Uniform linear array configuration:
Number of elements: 48
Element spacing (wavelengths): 0.75
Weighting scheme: blackman
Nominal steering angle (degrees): -45
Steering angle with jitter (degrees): -44.964
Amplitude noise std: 0.05
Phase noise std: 0.05

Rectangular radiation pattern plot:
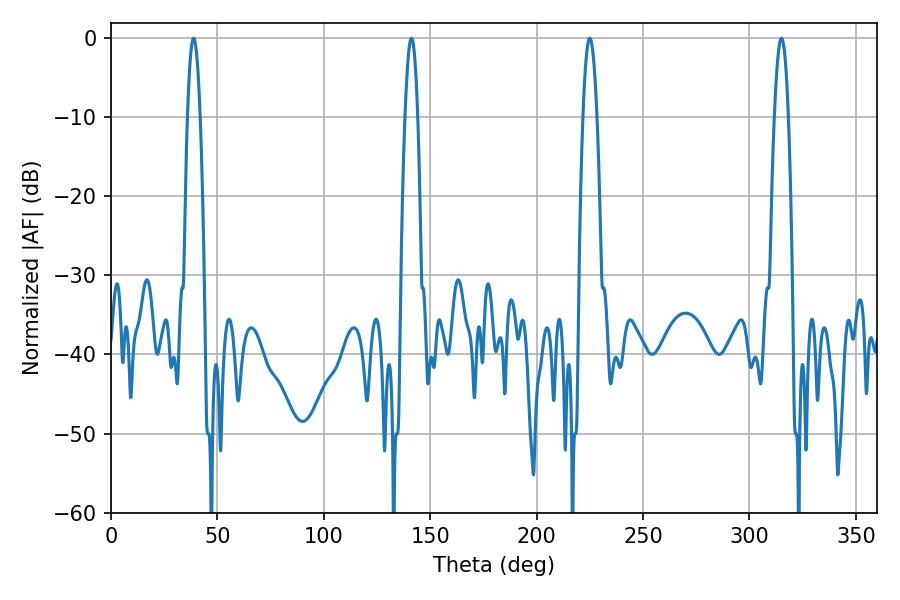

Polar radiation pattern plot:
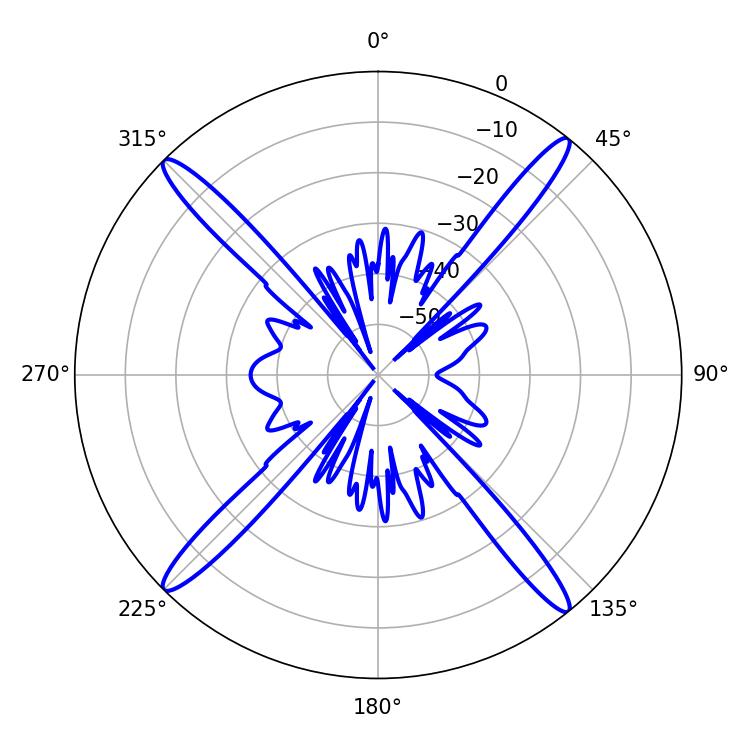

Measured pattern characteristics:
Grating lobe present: TRUE
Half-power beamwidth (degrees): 3.6
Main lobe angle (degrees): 225